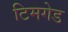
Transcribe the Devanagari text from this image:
टिमगेड